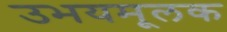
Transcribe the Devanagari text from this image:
उभयमूलक